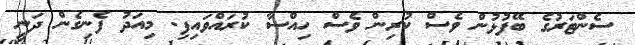
ސެންޓަރުގެ ބޭފުޅުން ވެސް ކުރިން ވެސް ހިއްސާ ކުރައްވައިފި. މިއަދު ފެނިގެން ދަނީ